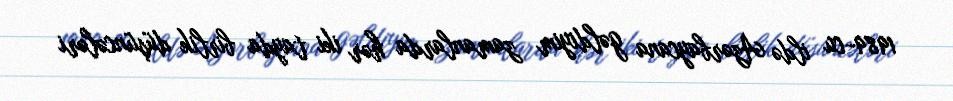
1989-cu ildə Azərbaycana gəldiyim zamanlarda hər iki tayda birlik düşüncələri